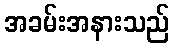
အခမ်းအနားသည်